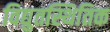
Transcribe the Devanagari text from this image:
विद्युतस्थितिक